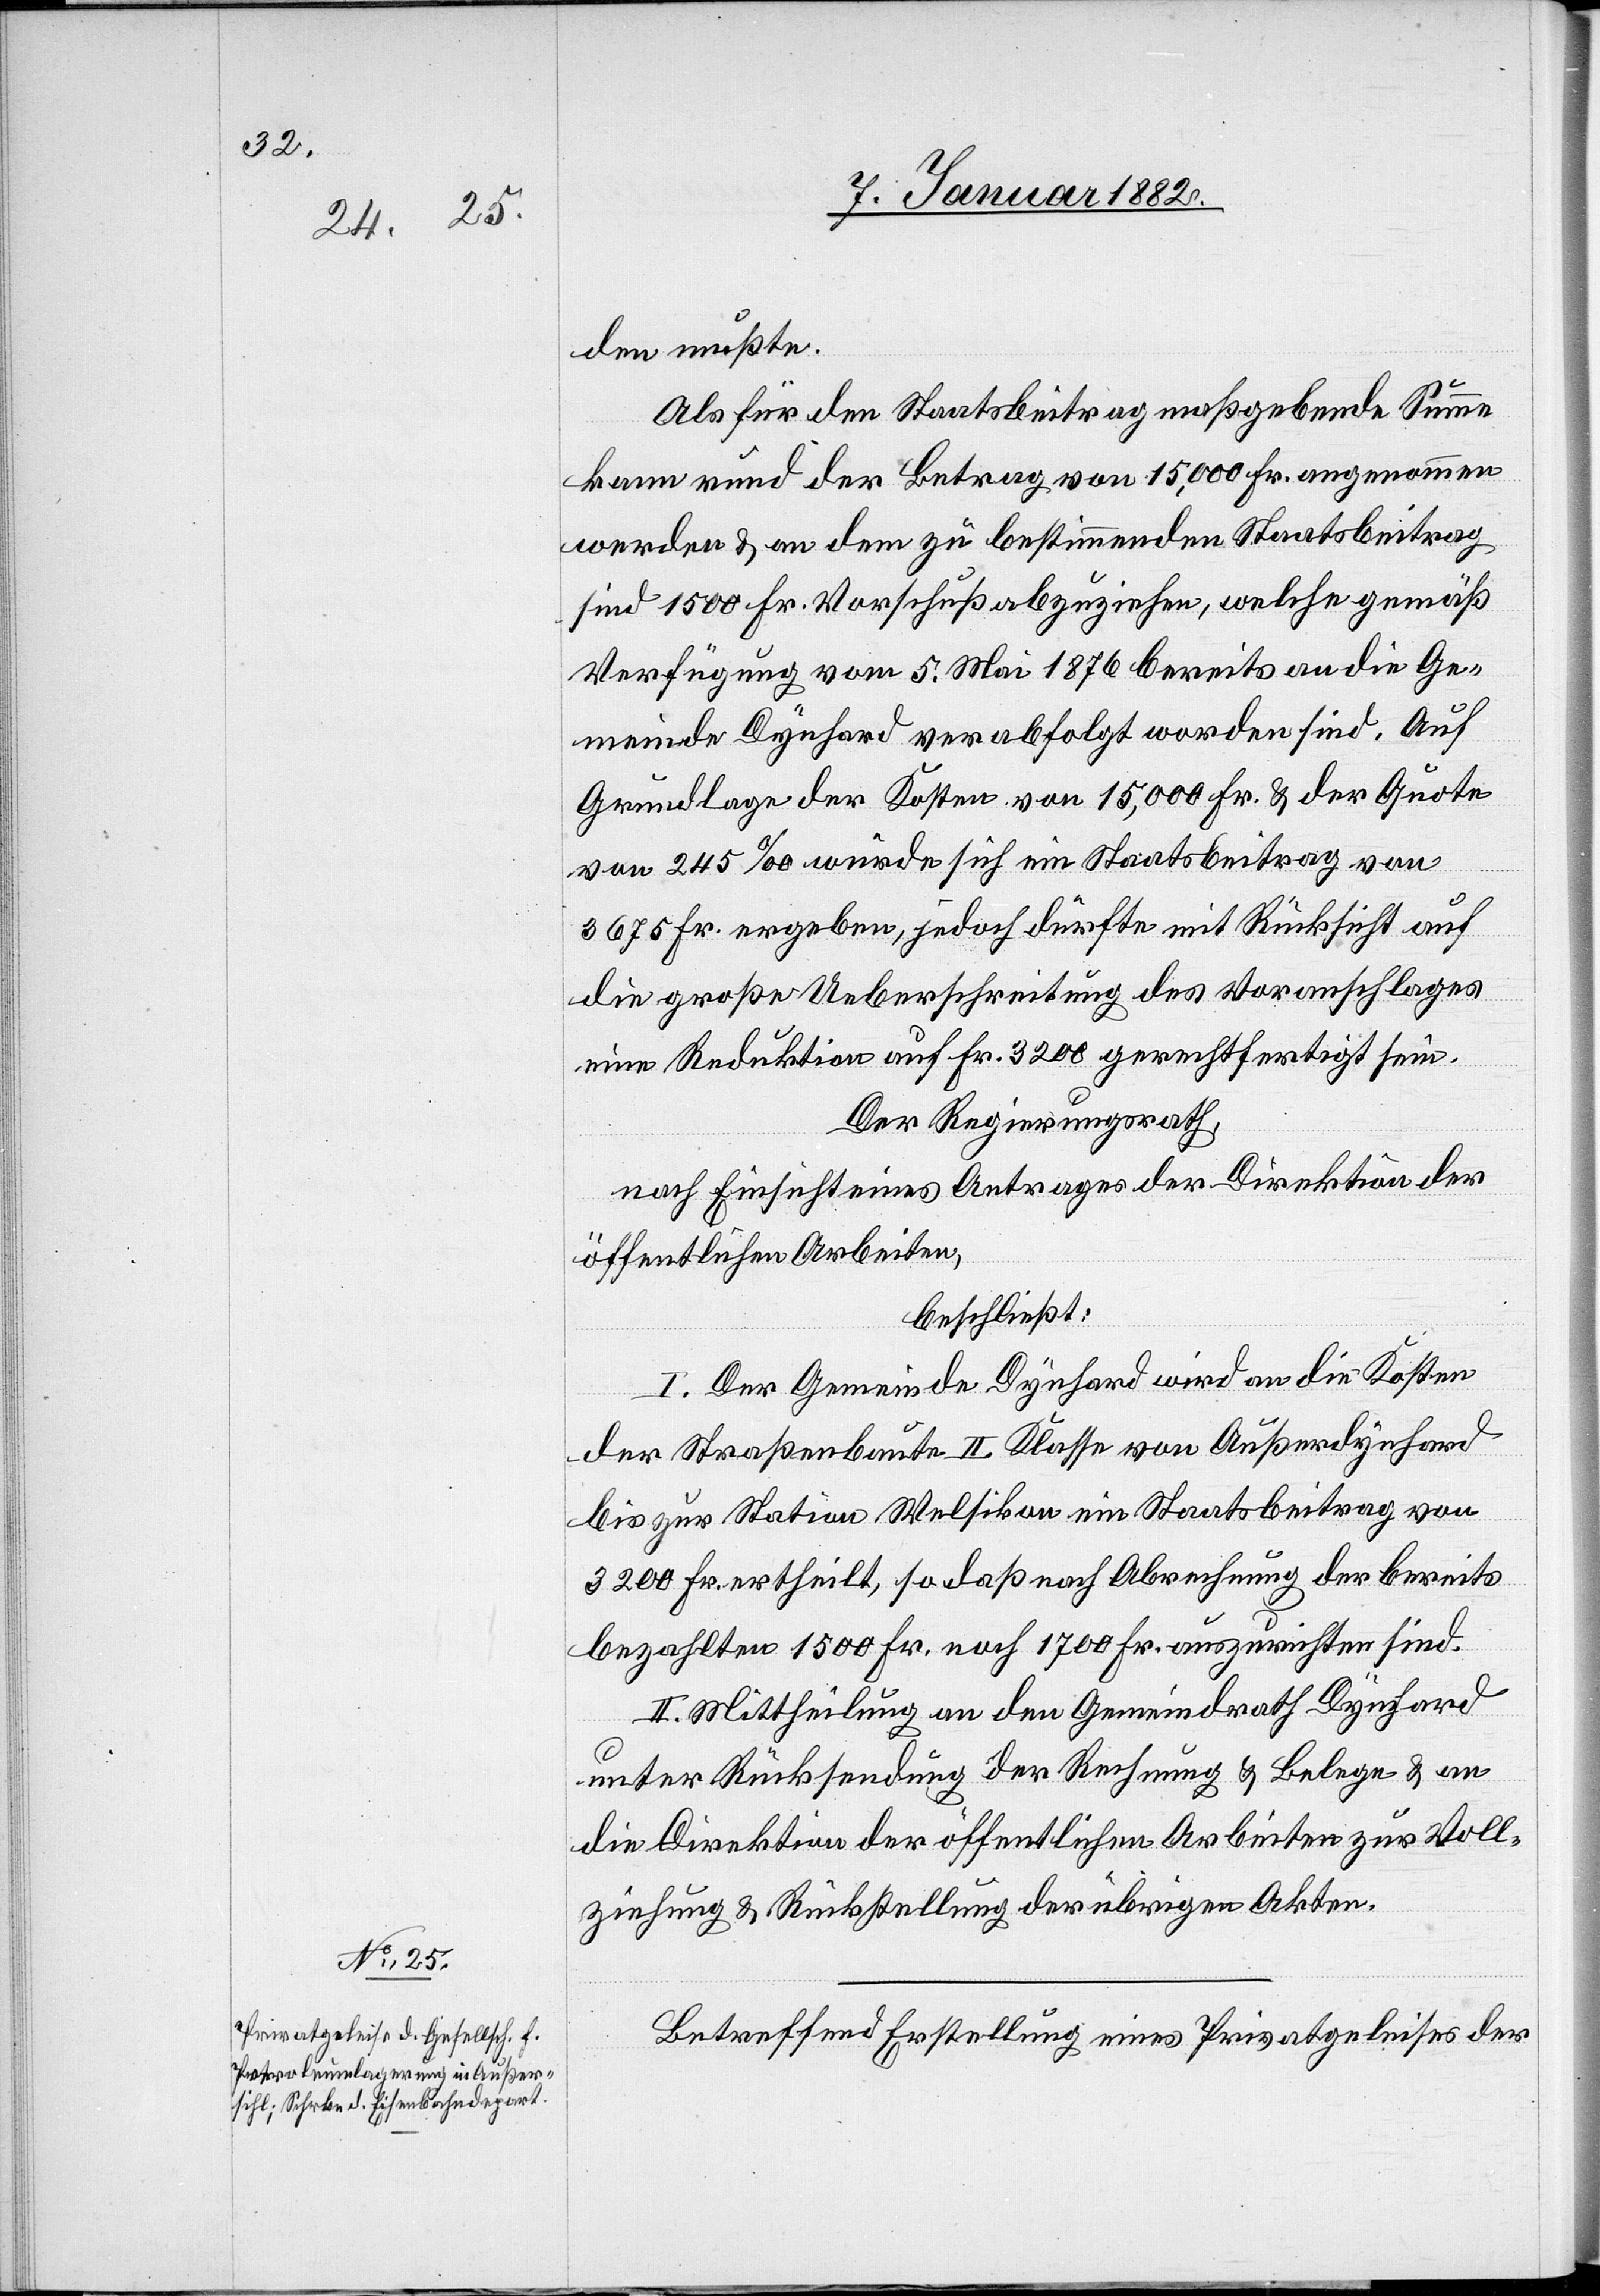
den mußte.
Als für den Staatsbeitrag maßgebende Summe
kann rund der Betrag von 15,000 Fr. angenommen
werden & an den zu bestimmenden Staatsbeitrag
sind 1500 Fr. Vorschuß abzuziehen, welche gemäß
Verfügung vom 5. Mai 1876 bereits an die Ge¬
meinde Dynhard verabfolgt worden sind. Auf
Grundlage der Kosten von 15,000 Fr. & der Quote
von 245‰ würde sich ein Staatsbeitrag von
3675 Fr. ergeben, jedoch dürfte mit Rücksicht auf
die große Ueberschreitung des Voranschlages
eine Reduktion auf Fr. 3200 gerechtfertigt sein.
Der Regierungsrath,
nach Einsicht eines Antrages der Direktion der
öffentlichen Arbeiten,
beschließt:
I. Der Gemeinde Dynhard wird an die Kosten
der Straßenbaute II. Klasse von Außerdynhard
bis zur Station Welsikon ein Staatsbeitrag von
3200 Fr. ertheilt, so daß nach Abrechnung der bereits
bezahlten 1500 Fr. noch 1700 Fr. auszurichten sind.
II. Mittheilung an den Gemeindrath Dynhard
unter Rücksendung der Rechnung & Belege & an
die Direktion der öffentlcihen Arbeiten zur Voll¬
ziehung & Rückstellung der übrigen Akten.
Betreffend Erstellung eines Privatgeleises der